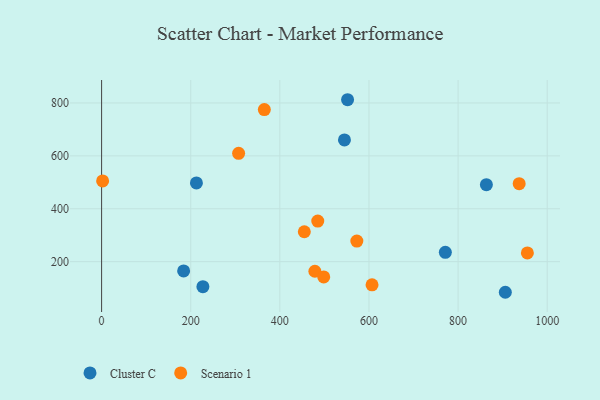
{"axis": {"x": "Distance", "y": "Fuel Efficiency"}, "legend": ["Cluster C", "Scenario 1"], "data": [{"x": "906.0", "y": 84.3, "type": "Cluster C"}, {"x": "227.3", "y": 105.4, "type": "Cluster C"}, {"x": "771.4", "y": 235.5, "type": "Cluster C"}, {"x": "184.1", "y": 165.2, "type": "Cluster C"}, {"x": "212.8", "y": 497.9, "type": "Cluster C"}, {"x": "552.0", "y": 812.3, "type": "Cluster C"}, {"x": "545.0", "y": 660.3, "type": "Cluster C"}, {"x": "863.5", "y": 491.1, "type": "Cluster C"}, {"x": "955.5", "y": 233.1, "type": "Scenario 1"}, {"x": "478.6", "y": 163.7, "type": "Scenario 1"}, {"x": "606.9", "y": 112.4, "type": "Scenario 1"}, {"x": "572.8", "y": 278.0, "type": "Scenario 1"}, {"x": "365.2", "y": 774.9, "type": "Scenario 1"}, {"x": "498.5", "y": 142.5, "type": "Scenario 1"}, {"x": "2.3", "y": 505.3, "type": "Scenario 1"}, {"x": "937.1", "y": 494.9, "type": "Scenario 1"}, {"x": "307.5", "y": 609.8, "type": "Scenario 1"}, {"x": "485.1", "y": 353.4, "type": "Scenario 1"}, {"x": "454.9", "y": 313.1, "type": "Scenario 1"}]}